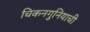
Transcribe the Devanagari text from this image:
चिकनगुनियाची